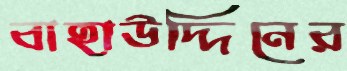
বাহাউদ্দিনের